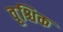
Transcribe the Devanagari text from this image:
वृ्श्चिक